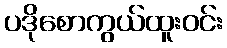
ပဒိုစောကွယ်ထူးဝင်း